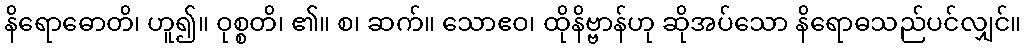
နိရောဓောတိ၊ ဟူ၍။ ဝုစ္စတိ၊ ၏။ စ၊ ဆက်။ သောဧဝ၊ ထိုနိဗ္ဗာန်ဟု ဆိုအပ်သော နိရောဓသည်ပင်လျှင်။